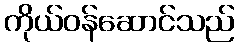
ကိုယ်ဝန်ဆောင်သည်